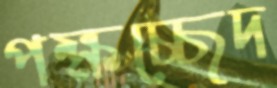
পক্ষচ্ছেদ